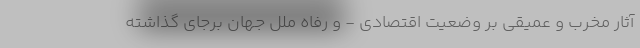
آثار مخرب و عمیقی بر وضعیت اقتصادی - و رفاه ملل جهان برجای گذاشته